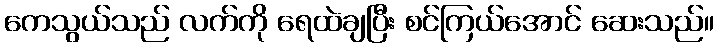
ကေသွယ်သည် လက်ကို ရေထဲချပြီး စင်ကြယ်အောင် ဆေးသည်။